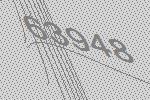
63948